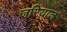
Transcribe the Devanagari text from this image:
जरियाल